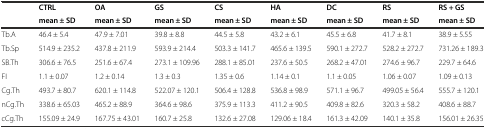
|  | CTRL | OA | GS | CS | HA | DC | RS | RS + GS |
 |  | mean ± SD | mean ± SD | mean ± SD | mean ± SD | mean ± SD | mean ± SD | mean ± SD | mean ± SD |
 | --- | --- | --- | --- | --- | --- | --- | --- | --- |
 | Tb.A | 46.4 ± 5.4 | 47.9 ± 7.01 | 39.8 ± 8.8 | 44.5 ± 5.8 | 43.2 ± 6.1 | 45.5 ± 6.8 | 41.7 ± 8.1 | 38.9 ± 5.55 |
 | Tb.Sp | 514.9 ± 235.2 | 437.8 ± 211.9 | 593.9 ± 214.4 | 503.3 ± 141.7 | 465.6 ± 139.5 | 590.1 ± 272.7 | 528.2 ± 272.7 | 731.26 ± 189.3 |
 | SB.Th | 306.6 ± 76.5 | 251.6 ± 67.4 | 273.1 ± 109.96 | 288.1 ± 85.01 | 237.6 ± 50.5 | 268.2 ± 47.01 | 274.6 ± 96.7 | 229.7 ± 64.6 |
 | FI | 1.1 ± 0.07 | 1.2 ± 0.14 | 1.3 ± 0.3 | 1.35 ± 0.6 | 1.14 ± 0.1 | 1.1 ± 0.05 | 1.06 ± 0.07 | 1.09 ± 0.13 |
 | Cg.Th | 493.7 ± 80.7 | 620.1 ± 114.8 | 522.07 ± 120.1 | 506.4 ± 128.8 | 536.8 ± 98.9 | 571.1 ± 96.7 | 499.05 ± 56.4 | 555.7 ± 120.1 |
 | nCg.Th | 338.6 ± 65.03 | 465.2 ± 88.9 | 364.6 ± 98.6 | 375.9 ± 113.3 | 411.2 ± 90.5 | 409.8 ± 82.6 | 320.3 ± 58.2 | 408.6 ± 88.7 |
 | cCg.Th | 155.09 ± 24.9 | 167.75 ± 43.01 | 160.7 ± 25.8 | 132.6 ± 27.08 | 129.06 ± 18.4 | 161.3 ± 42.09 | 140.1 ± 35.8 | 156.01 ± 26.35 |